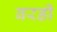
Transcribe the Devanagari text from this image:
बरडी